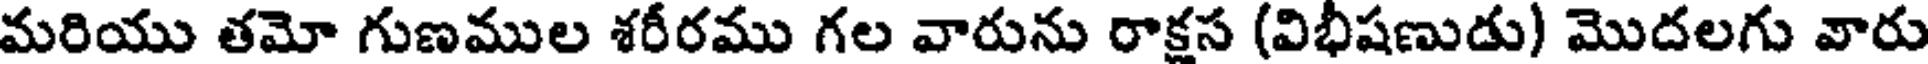
మరియు తమో గుణముల శరీరము గల వారును రాక్షస (విభీషణుడు) మొదలగు వారు